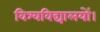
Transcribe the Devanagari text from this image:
विश्वविद्यालयों।